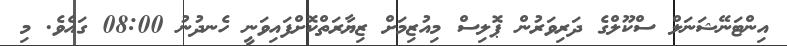
އިންޓަނޭޝަނަލް ސްކޫލްގެ ދަރިވަރުން ޕޮލިސް މިއުޒިމަށް ޒިޔާރަތްކޮށްފައިވަނީ ހެނދުނު 08:00 ގައެވެ. މި